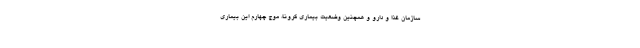
سازمان غذا و دارو و همچنین وضعیت بیماری کرونا، موج چهارم این بیماری